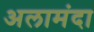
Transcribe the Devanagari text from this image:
अलामंदा